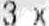
3 X